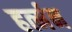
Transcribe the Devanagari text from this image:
हर्त्मन